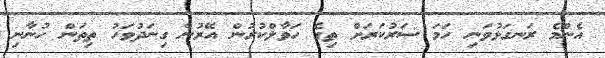
އެންމެ ރަނގަޅުވަނި ހަމަ ސަރުކަރަށް ތިގެ ހަވާލްކުރުން އޭރުން ގިނަދުވަހު ތިތަން ހުނާނި